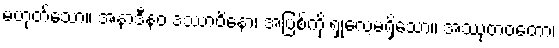
မဟုတ်သော။ အနာဒီနဝ ဒဿာဝိနော၊ အပြစ်ကို ရှုလေ့မရှိသော။ အဿုတဝတော၊